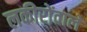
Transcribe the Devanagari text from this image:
लकीरोंवाले